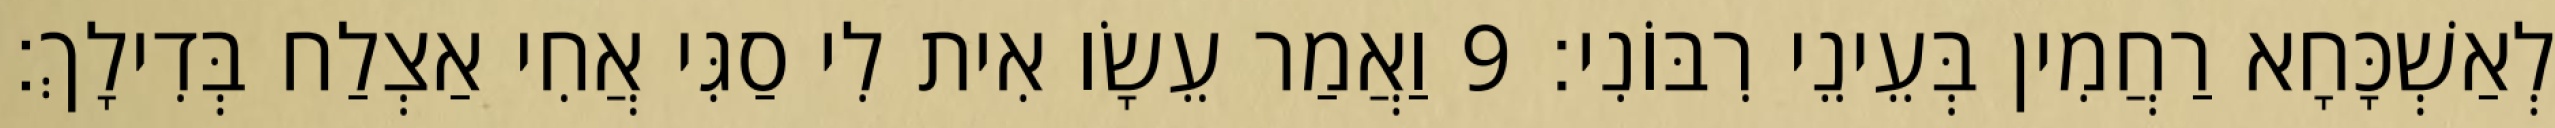
לְאַשְׁכָּחָא רַחֲמִין בְּעֵינֵי רִבּוֹנִי׃ 9 וַאֲמַר עֵשָׂו אִית לִי סַגִּי אֲחִי אַצְלַח בְּדִילָךְ׃